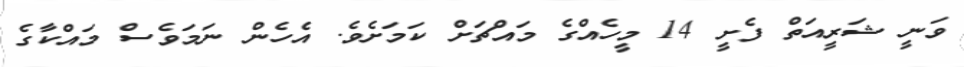
ވަނީ ޝަރީއަތް ފެށީ 14 މީހެއްގެ މައްޗަށް ކަމަށެވެ. އެހެން ނަމަވެސް މައްކާގެ